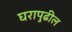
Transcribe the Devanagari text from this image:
घरापुढील